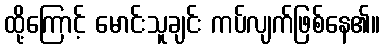
ထို့ကြောင့် မောင်းသူချင်း ကပ်လျက်ဖြစ်နေ၏။